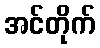
အင်တိုက်